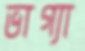
ভাগ্যা